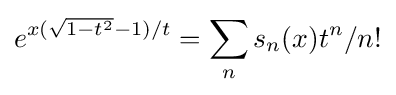
e^{x({\sqrt {1-t^{2}}}-1)/t}=\sum _{n}s_{n}(x)t^{n}/n!